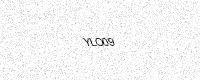
Text: YLO09